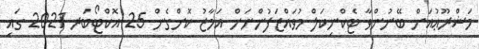
މަޝްރޫޢުއަށް ބޭނުންވާ ޓެކްނިކަލް މުވައްޒަފުންނަށް އަމާޒު ކޮށްގެން 25 އޮކްޓޯބަރ 2021 ގައި